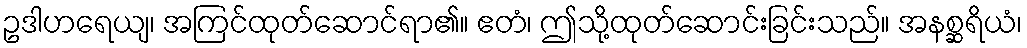
ဥဒါဟရေယျ၊ အကြင်ထုတ်ဆောင်ရာ၏။ ဧတံ၊ ဤသို့ထုတ်ဆောင်းခြင်းသည်။ အနစ္ဆရိယံ၊